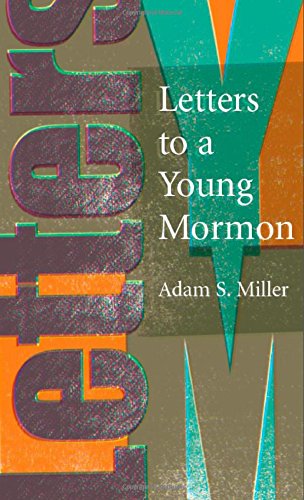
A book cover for Letters to a Young Mormon; Adam S. Miller; Christian Books & Bibles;